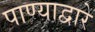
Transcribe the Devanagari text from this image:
पाण्याद्वारे